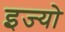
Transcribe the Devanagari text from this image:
इज्यो